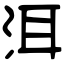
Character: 洱